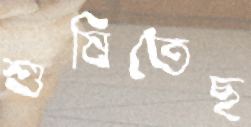
শুষিতেছ